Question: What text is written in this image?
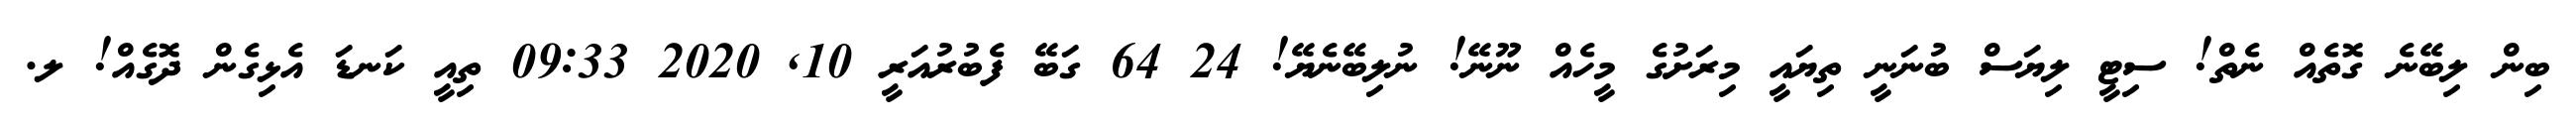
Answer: ބިން ލިބޭނެ ގޮތެއް ނެތް! ސިޓީ ލިޔަސް ބުނަނީ ތިޔައީ މިރަށުގެ މީހެއް ނޫނޭ! ނުލިބޭނެޔޭ! 24 64 ގަބޭ ފެބުރުއަރީ 10, 2020 09:33 ތިއީ ކަނޑަ އެޅިގެން ދޮގެއް! ލ.